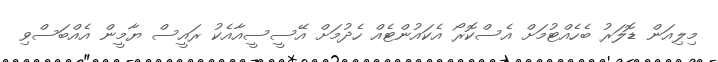
މިލިއަން ޑޮލަރު ބެހެއްޓުމަށް އެސްކޮރޯ އެކައުންޓެއް ހެދުމަށް އޭސީސީއާއެކު ރައީސް ޔާމީން އެއްބަސްވި